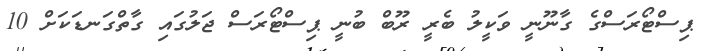
ޕިސްޓޯރަސްގެ ގާނޫނީ ވަކީލު ބެރީ ރޫބް ބުނީ ޕިސްޓޯރަސް ޖަލުގައި ގާތްގަނޑަކަށް 10